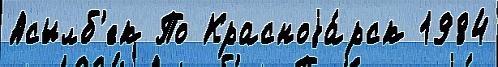
Асылб'ек По Красноjа́рск 1984